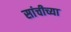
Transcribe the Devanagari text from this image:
सांचीच्या